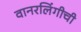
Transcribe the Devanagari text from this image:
वानरलिंगीची